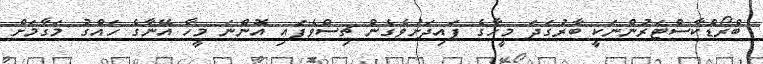
ބްރޯޑްކާސްޓަރުންނަކީ ބާރުގަދަ މީހާގެ ފައިދަށުވެގެން ޗިސްވެފައި އޮންނަ މީހާ އޭނާގެ ހައްގު މަގާމަށް